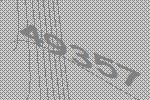
49357